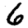
Digit: 6